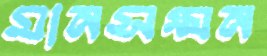
মানসম্মন